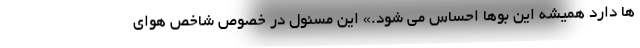
ها دارد همیشه این بوها احساس می شود.» این مسئول در خصوص شاخص هوای